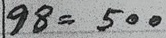
98 = 500